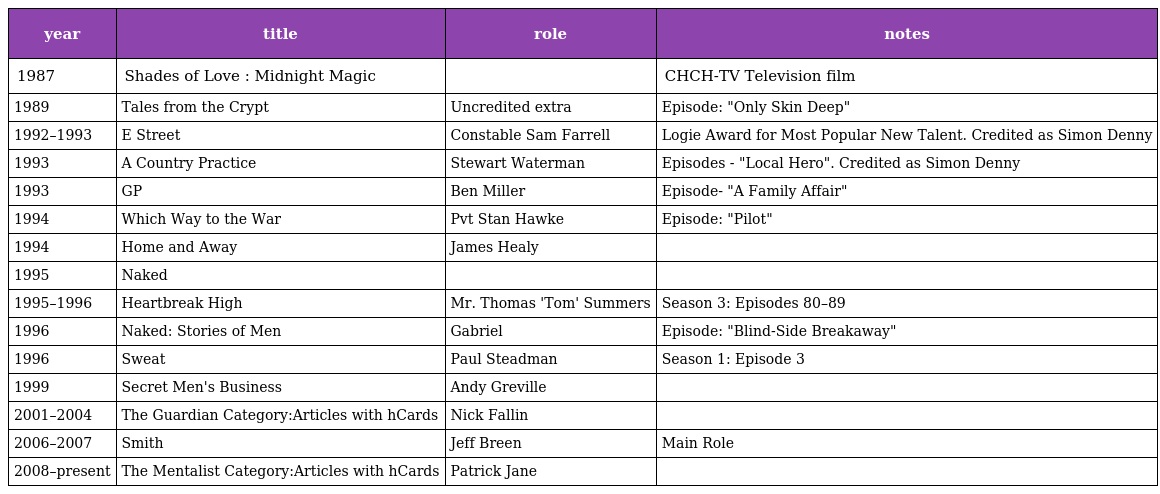
| year | title | role | notes |
 | --- | --- | --- | --- |
 | 1987 | Shades of Love : Midnight Magic |  | CHCH-TV Television film |
 | 1989 | Tales from the Crypt | Uncredited extra | Episode: "Only Skin Deep" |
 | 1992–1993 | E Street | Constable Sam Farrell | Logie Award for Most Popular New Talent. Credited as Simon Denny |
 | 1993 | A Country Practice | Stewart Waterman | Episodes - "Local Hero". Credited as Simon Denny |
 | 1993 | GP | Ben Miller | Episode- "A Family Affair" |
 | 1994 | Which Way to the War | Pvt Stan Hawke | Episode: "Pilot" |
 | 1994 | Home and Away | James Healy |  |
 | 1995 | Naked |  |  |
 | 1995–1996 | Heartbreak High | Mr. Thomas 'Tom' Summers | Season 3: Episodes 80–89 |
 | 1996 | Naked: Stories of Men | Gabriel | Episode: "Blind-Side Breakaway" |
 | 1996 | Sweat | Paul Steadman | Season 1: Episode 3 |
 | 1999 | Secret Men's Business | Andy Greville |  |
 | 2001–2004 | The Guardian Category:Articles with hCards | Nick Fallin |  |
 | 2006–2007 | Smith | Jeff Breen | Main Role |
 | 2008–present | The Mentalist Category:Articles with hCards | Patrick Jane |  |